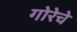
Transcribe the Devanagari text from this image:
गोरेचे